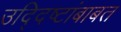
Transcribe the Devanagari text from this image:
उद्दिष्टांबाबत